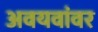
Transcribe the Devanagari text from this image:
अवयवांवर